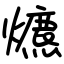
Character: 爊